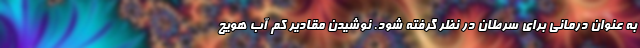
به عنوان درمانی برای سرطان در نظر گرفته شود. نوشیدن مقادیر کم آب هویج